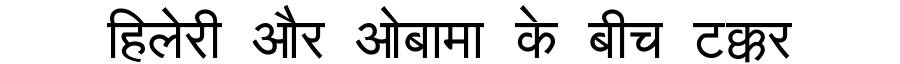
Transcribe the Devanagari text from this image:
हिलेरी और ओबामा के बीच टक्कर